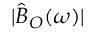
| \hat { B } _ { O } ( \omega ) |